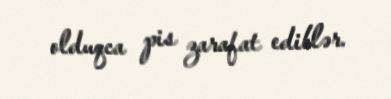
olduqca pis zarafat ediblər.